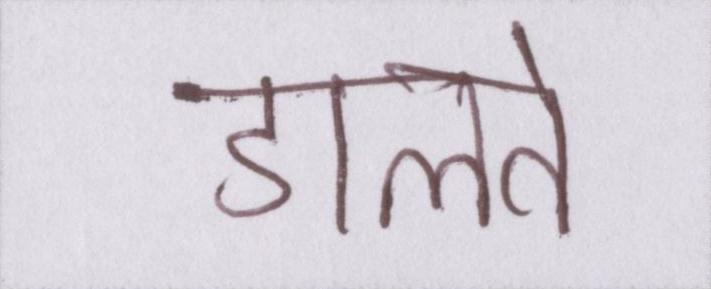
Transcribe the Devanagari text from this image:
डालते